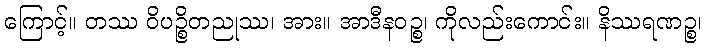
ကြောင့်။ တဿ ဝိပဉ္စိတညုဿ၊ အား။ အာဒီနဝဉ္စ၊ ကိုလည်းကောင်း။ နိဿရဏဉ္စ၊